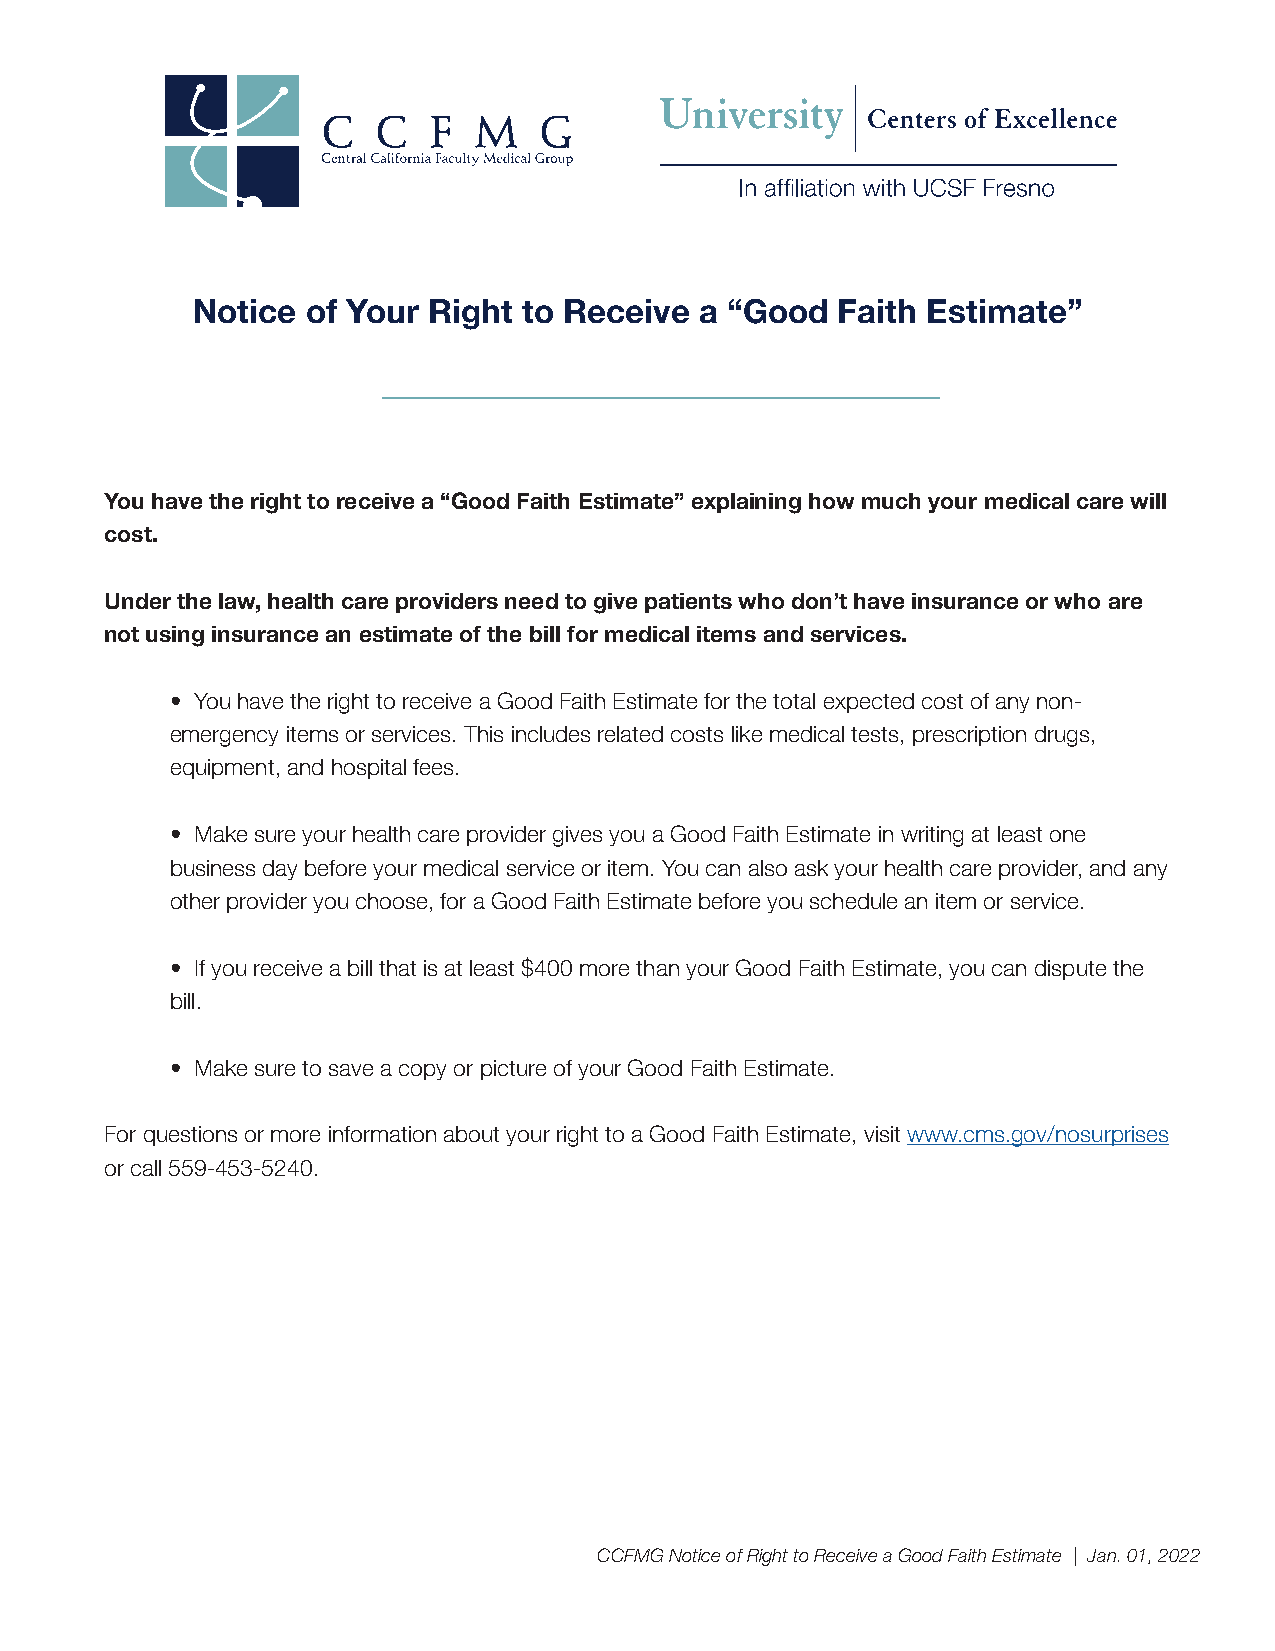
Notice of Your Right  to Receive a “Good   Faith Estimate”
 You have the right to receive a “Good Faith Estimate” explaining how much your medical care will
 cost.
 Under the law, health care providers need to give patients who don’t have insurance or who are
 not using insurance an estimate of the bill for medical items and services.
 • You have the right to receive a Good Faith Estimate for the total expected cost of any non-
 emergency items or services. This includes related costs like medical tests, prescription drugs,
 equipment, and hospital fees.
 • Make sure your health care provider gives you a Good Faith Estimate in writing at least one
 business day before your medical service or item. You can also ask your health care provider, and any
 other provider you choose, for a Good Faith Estimate before you schedule an item or service.
 • If you receive a bill that is at least $400 more than your Good Faith Estimate, you can dispute the
 bill.
 • Make sure to save a copy or picture of your Good Faith Estimate.
 For questions or more information about your right to a Good Faith Estimate, visit www.cms.gov/nosurprises
 or call 559-453-5240.
 CCFMG Notice of Right to Receive a Good Faith Estimate | Jan. 01, 2022